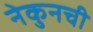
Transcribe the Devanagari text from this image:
नेकुनची